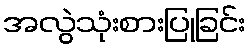
အလွဲသုံးစားပြုခြင်း